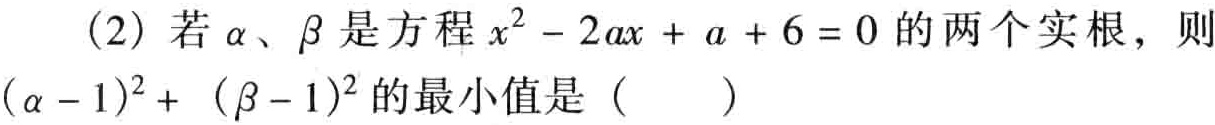
（2）若\(\alpha\)、\(\beta\)是方程\(x^{2}-2ax + a + 6 = 0\)的两个实根，则\((\alpha - 1)^{2}+ (\beta - 1)^{2}\)的最小值是（  ）